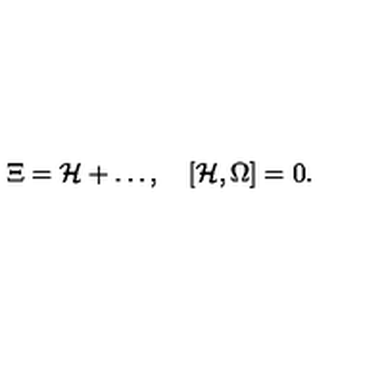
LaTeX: \Xi = { \cal H } + \ldots , \quad [ { \cal H } , \Omega ] = 0 .